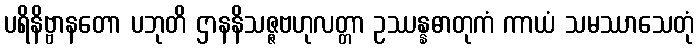
ပရိနိဗ္ဗာနတော ပဘုတိ ဌာနနိသဇ္ဇဗဟုလတ္တာ ဥဿန္နဓာတုကံ ကာယံ သမဿာသေတုံ